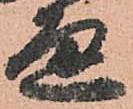
通